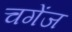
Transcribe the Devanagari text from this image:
चगेंज